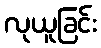
လုယူခြင်း